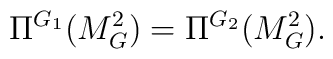
\Pi^{G_1}(M_G^2) = \Pi^{G_2}(M_G^2).